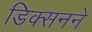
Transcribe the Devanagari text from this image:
डिक्सनने